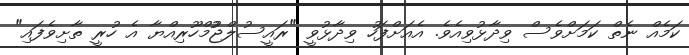
ކަމެއް ނެތް ކަމަށްވެސް ވިދާޅުވިއެވެ. އެއަށްފަހު ވިދާޅުވީ "ރައީސުލްޖުުމްހޫރިއްޔާ އެ ހުރީ ތާށިވެފައި"